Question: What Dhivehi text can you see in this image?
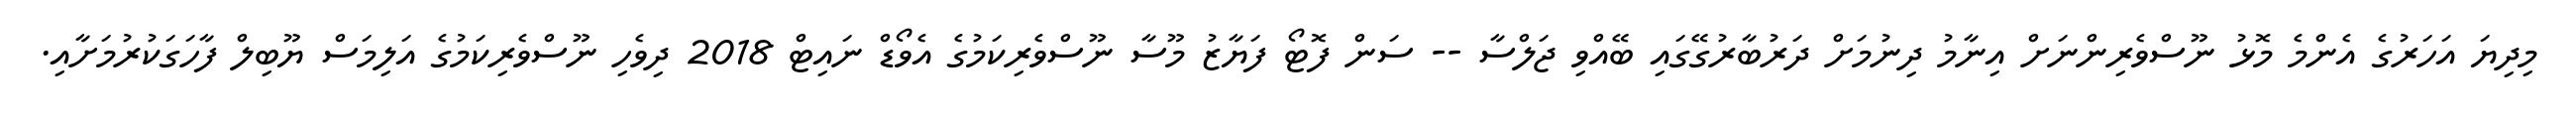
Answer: މިދިޔަ އަހަރުގެ އެންމެ މޮޅު ނޫސްވެރިންނަށް އިނާމު ދިނުމަށް ދަރުބާރުގޭގައި ބޭއްވި ޖަލްސާ -- ސަން ފޮޓޯ ފަޔާޒު މޫސާ ނޫސްވެރިކަމުގެ އެވޯޑް ނައިޓް 2018 ދިވެހި ނޫސްވެރިކަމުގެ އަލިމަސް ޔޫބިލް ފާހަގަކުރުމަށާއި.